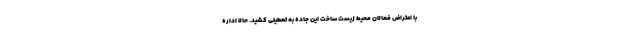
با اعتراض فعالان محیط زیست ساخت این جاده به تعطیلی کشید. حالا اداره